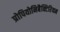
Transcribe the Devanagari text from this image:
प्रोपियोनिबैक्टिरियम